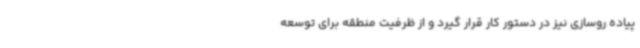
پیاده روسازی نیز در دستور کار قرار گیرد و از ظرفیت منطقه برای توسعه